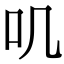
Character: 叽